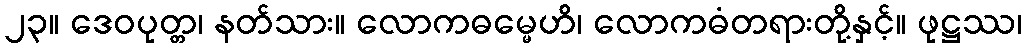
၂၃။ ဒေဝပုတ္တ၊ နတ်သား။ လောကဓမ္မေဟိ၊ လောကဓံတရားတို့နှင့်။ ဖုဋ္ဌဿ၊